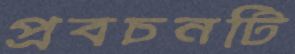
প্রবচনটি